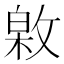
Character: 𢾟